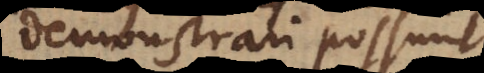
demonstrari possunt,